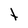
Character: t